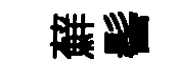
蘚髻